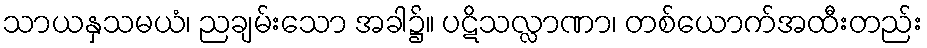
သာယနှသမယံ၊ ညချမ်းသော အခါ၌။ ပဋိသလ္လာဏာ၊ တစ်ယောက်အထီးတည်း